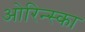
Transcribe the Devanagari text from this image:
ओरिन्स्का